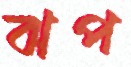
ঝপ